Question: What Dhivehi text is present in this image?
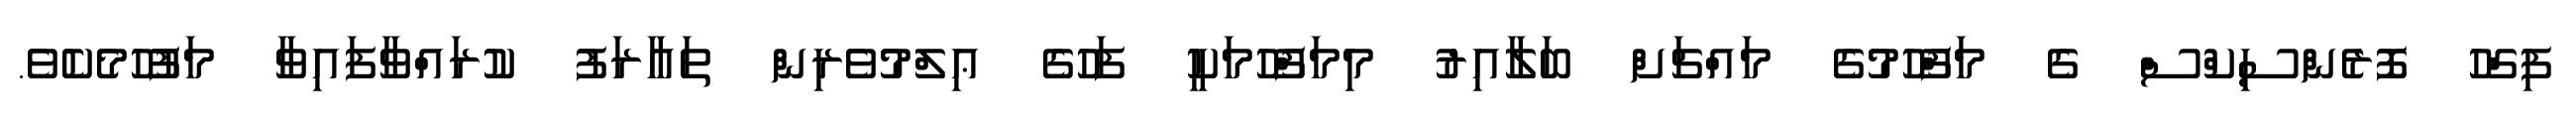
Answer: ފިޤްހު ފޮރެންސިކްސް ގެ މަފްހޫމުގެ މައްޗަށް ބަލާއިރު މިމަފްހޫމަކީ ފަހުގެ ޢިލްމުވެރިން ތަޢާރަފު ކުރައްވާފައިވާ މަފުހޫމެކެވެ.